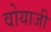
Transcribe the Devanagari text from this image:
वोयाजी